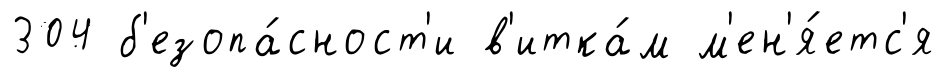
304 б'езопа́сност'и в'итка́м м'ен'я́етс'я